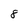
Character: 8